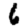
Digit: 6